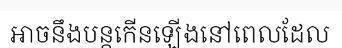
អាចនឹងបន្តកើនឡើងនៅពេលដែល